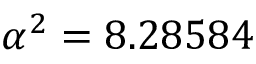
\alpha ^ { 2 } = 8 . 2 8 5 8 4